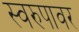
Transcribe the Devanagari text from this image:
स्वरुपावर